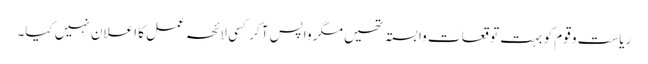
ریاست و قوم کو بہت توقعات وابستہ تھیں مگر واپس آ کر کسی لائحہ عمل کا اعلان نہیں کیا۔